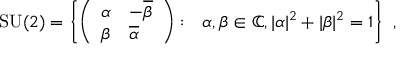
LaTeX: \operatorname { S U } ( 2 ) = \left\{ { \left( \begin{array} { l l } { \alpha } & { - { \overline { { \beta } } } } \\ { \beta } & { { \overline { { \alpha } } } } \end{array} \right) } : \ \ \alpha , \beta \in \mathbb { C } , | \alpha | ^ { 2 } + | \beta | ^ { 2 } = 1 \right\} ~ ,